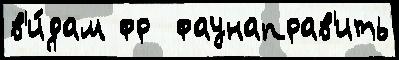
в'и́дам фр  фаунаправ'ить